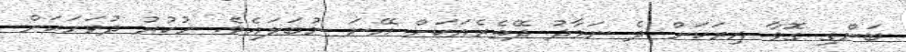
ބަންގި ގޮވާ އިރަކަށް ދެ ނަމާދު ދޭތެރެއަކަށް އޭނަ ނުބަލައެވެ. ހުކުރު ދުވަހަކަށް